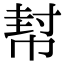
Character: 幇